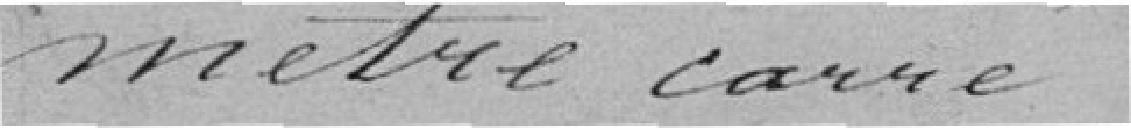
mètre carré.